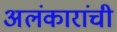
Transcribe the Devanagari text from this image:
अलंकारांची